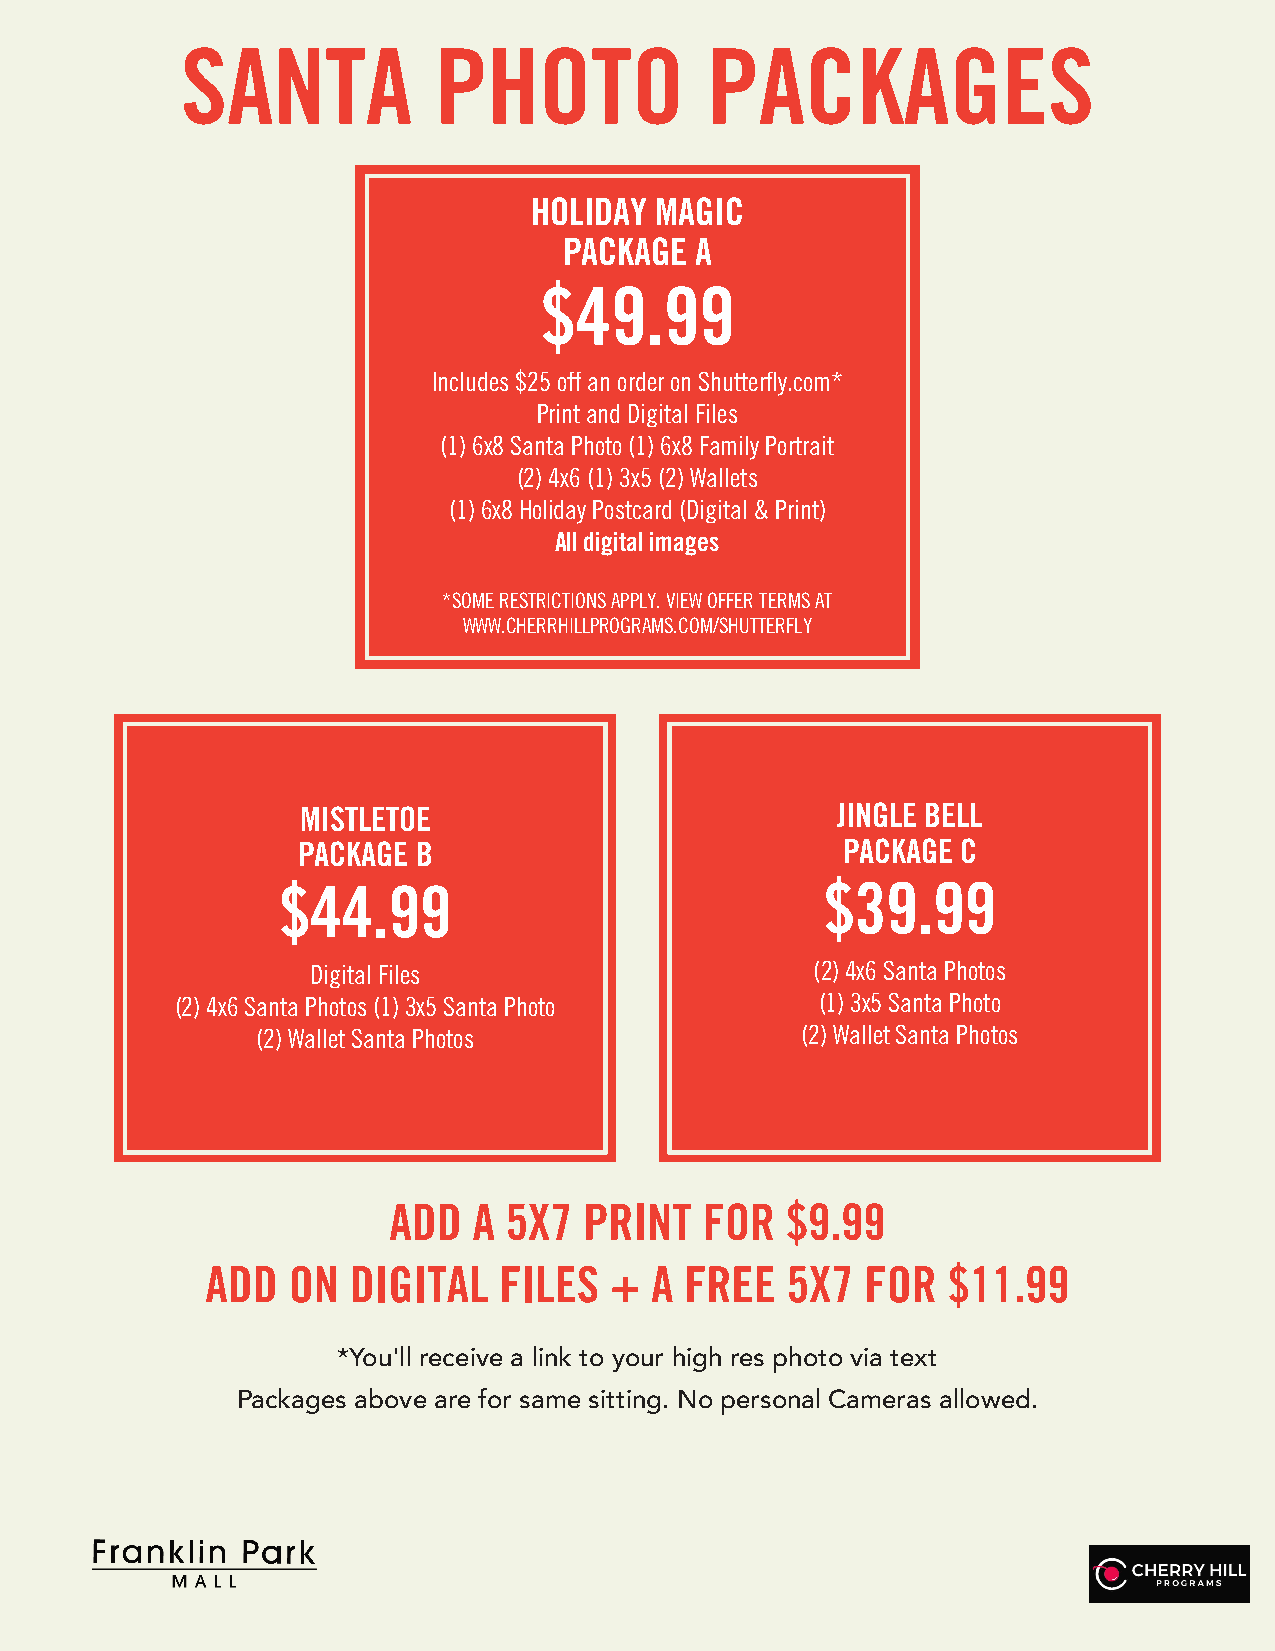
SANTA            PHOTO             PACKAGES
 HOLIDAY MAGIC
 PACKAGE  A
 $49.99
 Includes $25 off an order on Shutterfly.com*
 Print and Digital Files
 (1)6x8 Santa Photo (1) 6x8 Family Portrait
 (2)4x6 (1) 3x5 (2) Wallets
 (1)6x8 Holiday Postcard (Digital & Print)
 All digital images
 *SOME RESTRICTIONS APPLY. VIEW OFFER TERMS AT
 WWW.CHERRHILLPROGRAMS.COM/SHUTTERFLY
 MISTLETOE                          JINGLE BELL
 PACKAGE B                           PACKAGE C
 $44.99                               $39.99
 Digital Files                    (2)4x6 Santa Photos
 (2)4x6 Santa Photos (1) 3x5 Santa Photo   (1)3x5 Santa Photo
 (2)Wallet Santa Photos              (2)Wallet Santa Photos
 ADD  A 5X7   PRINT   FOR  $9.99
 ADD  ON  DIGITAL   FILES  +  A FREE   5X7  FOR   $11.99
 *You'll receive a link to your high res photo via text
 Packages above are for same sitting. No personal Cameras allowed.